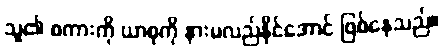
သူ၏ စကားကို ယာစုကို နားမလည်နိုင်အောင် ဖြစ်နေသည်။